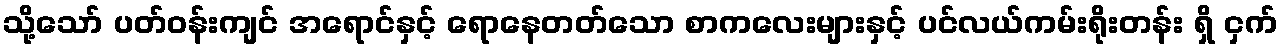
သို့သော် ပတ်ဝန်းကျင် အရောင်နှင့် ရောနေတတ်သော စာကလေးများနှင့် ပင်လယ်ကမ်းရိုးတန်း ရှိ ငှက်